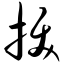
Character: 拔